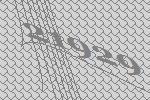
21929